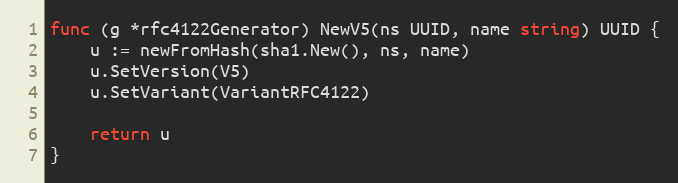
Language: Go
func (g *rfc4122Generator) NewV5(ns UUID, name string) UUID {
	u := newFromHash(sha1.New(), ns, name)
	u.SetVersion(V5)
	u.SetVariant(VariantRFC4122)

	return u
}